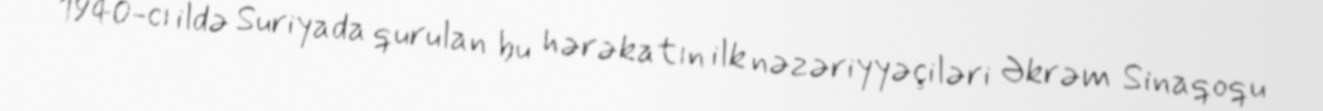
1940-cı ildə Suriyada qurulan bu hərəkatın ilk nəzəriyyəçiləri Əkrəm Sinaqoqu